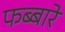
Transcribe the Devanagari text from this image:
फब्बारे